Scottish Leaving Certificate Examination, 1961
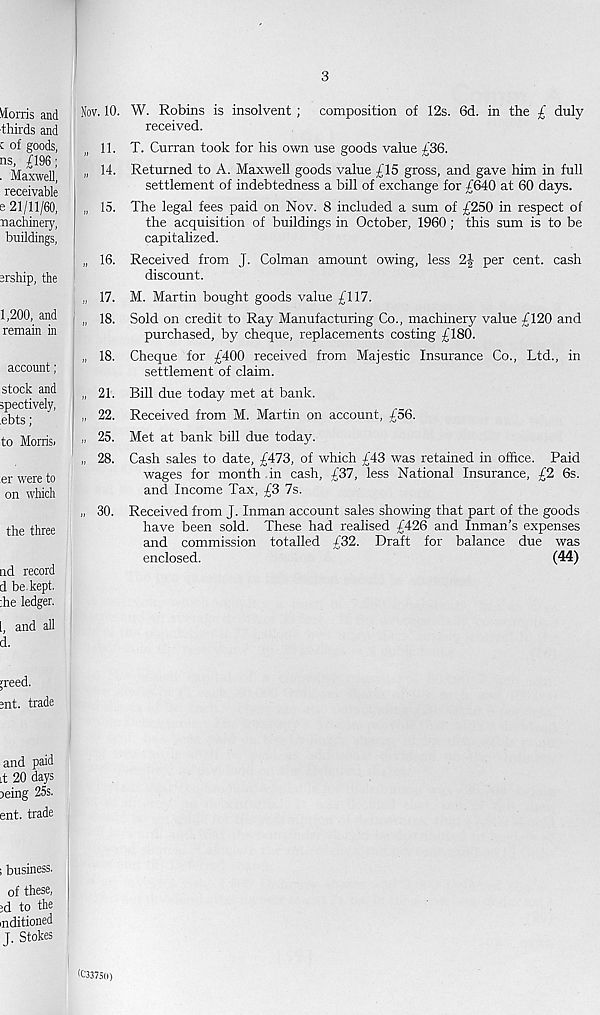
3
VIorris and
thirds and
c of goods,
ns, £196;
. Maxwell,
receivable
e 21/11/60,
nachinery,
buildings,
ership, the
1,200, and
remain in
account;
stock and
spectively,
.ebts;
to Morrisi
er were to
on which
the three
nd record
d be. kept.
:he ledger.
I, and all
d.
Nov. 10. W. Robins is insolvent ; composition of 12s. 6d. in the £ duly
received.
| 11. T. Curran took for his own use goods value £36.
„ 14. Returned to A. Maxwell goods value £15 gross, and gave him in full
settlement of indebtedness a bill of exchange for £640 at 60 days.
„ 15. The legal fees paid on Nov. 8 included a sum of £250 in respect of
the acquisition of buildings in October, 1960; this sum is to be
capitalized.
„ 16. Received from J. Colman amount owing, less 2| per cent, cash
discount.
„ 17. M. Martin bought goods value £117.
„ 18. Sold on credit to Ray Manufacturing Co., machinery value £120 and
purchased, by cheque, replacements costing £180.
„ 18. Cheque for £400 received from Majestic Insurance Co., Ltd., in
settlement of claim.
„ 21. Bill due today met at bank.
„ 22. Received from M. Martin on account, £56.
„ 25. Met at bank bill due today.
„ 28. Cash sales to date, £473, of which £43 was retained in office. Paid
wages for month in cash, £37, less National Insurance, £2 6s.
and Income Tax, £3 7s.
„ 30. Received from J. Inman account sales showing that part of the goods
have been sold. These had realised £426 and Inman’s expenses
and commission totalled £32. Draft for balance due was
enclosed.
(44)
;reed.
;nt. trade
and paid
it 20 days
neing 25s.
ent. trade
; business.
of these,
;d to the
mditioned
J. Stokes
<C33750)